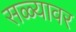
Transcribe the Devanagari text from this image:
सळ्यावर